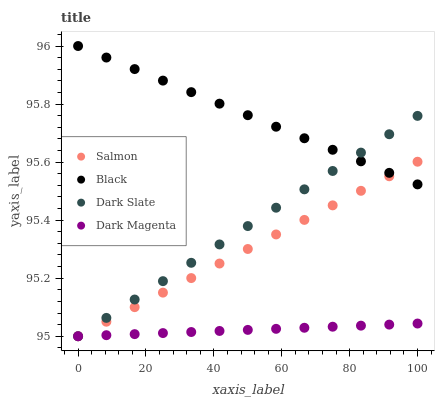
| xaxis_label | Salmon | Black | Dark Slate | Dark Magenta |
 | --- | --- | --- | --- | --- |
 | 0 | 95 | 96 | 95 | 95 |
 | 8.33 | 95.1 | 96 | 95.1 | 95 |
 | 16.7 | 95.1 | 95.9 | 95.1 | 95 |
 | 25 | 95.2 | 95.9 | 95.2 | 95 |
 | 33.3 | 95.2 | 95.8 | 95.3 | 95 |
 | 41.7 | 95.3 | 95.8 | 95.3 | 95 |
 | 50 | 95.3 | 95.8 | 95.4 | 95 |
 | 58.3 | 95.4 | 95.7 | 95.4 | 95 |
 | 66.7 | 95.4 | 95.7 | 95.5 | 95 |
 | 75 | 95.5 | 95.6 | 95.6 | 95 |
 | 83.3 | 95.5 | 95.6 | 95.6 | 95 |
 | 91.7 | 95.6 | 95.6 | 95.7 | 95 |
 | 100 | 95.6 | 95.5 | 95.8 | 95 |